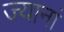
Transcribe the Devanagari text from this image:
ज्यानां